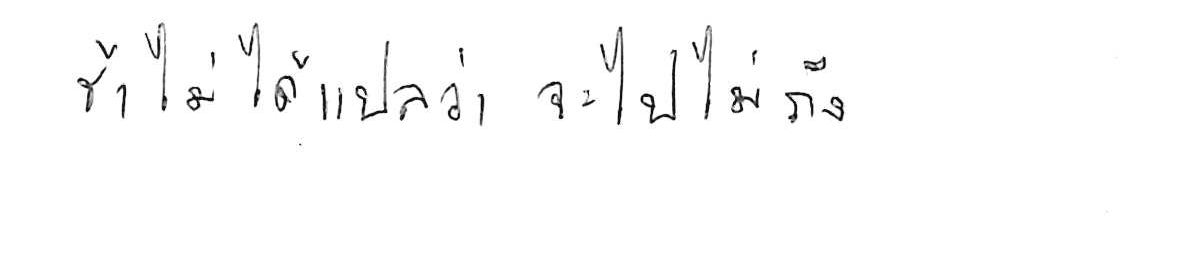
ช้า ไม่ได้แปลว่า จะไปไม่ถึง